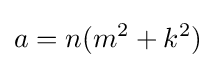
a=n(m^{2}+k^{2})